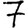
Digit: 7